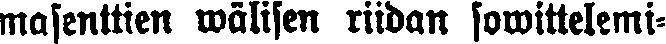
masenttien wälisen riidan sowittelemi-